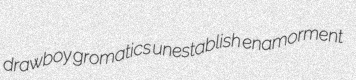
drawboy gromatics unestablish enamorment